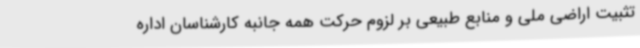
تثبیت اراضی ملی و منابع طبیعی بر لزوم حرکت همه جانبه کارشناسان اداره